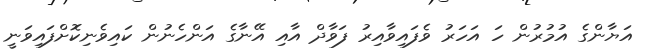
އަޔާންގެ އުމުރުން ހަ އަހަރު ވެފައިވާއިރު ފަވާދް އާއި އޭނާގެ އަންހެނުން ކައިވެނިކޮށްފައިވަނީ